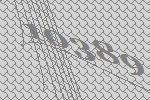
10389